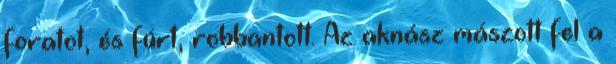
foratot, és fúrt, robbantott. Az aknász mászott fel a